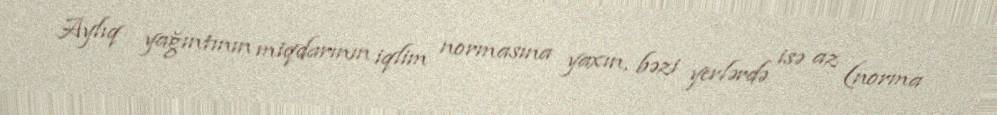
Aylıq yağıntının miqdarının iqlim normasına yaxın, bəzi yerlərdə isə az (norma